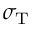
\sigma _ { \mathrm { T } }